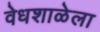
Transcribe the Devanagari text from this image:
वेधशाळेला